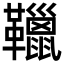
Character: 䪉